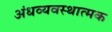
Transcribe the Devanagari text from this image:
अंधव्यवस्थात्मक